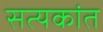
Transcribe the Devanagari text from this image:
सत्यकांत